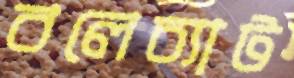
বলেচ্যাট